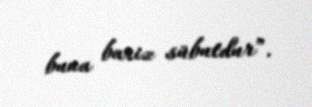
buna bariz sübutdur”.